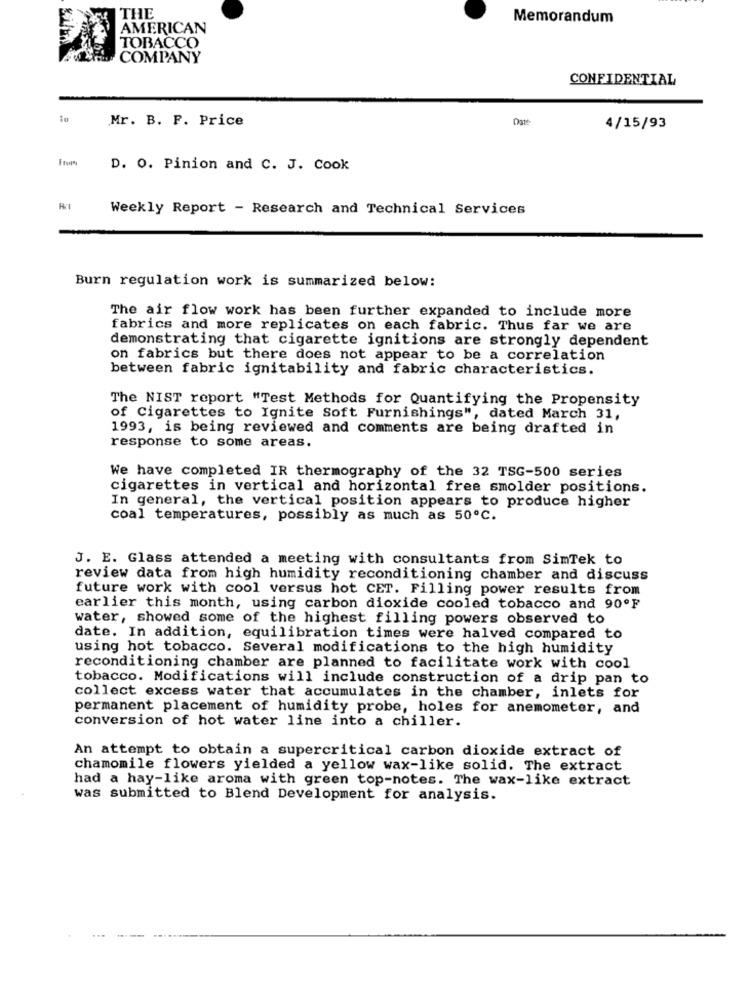
THE
Memorandum
AMERICAN
TOBACCO
COMPANY
CONFIDENTIAL
Mr. B. F. Price
Oste
4/15/93
From
D. O. Pinion and C. J. Cook
Weekly Report - Research and Technical Services
Burn regulation work is summarized below:
The air flow work has been further expanded to include more
fabrics and more replicates on each fabric. Thus far we are
demonstrating that cigarette ignitions are strongly dependent
on fabrics but there does not appear to be a correlation
between fabric ignitability and fabric characteristics.
The NIST report "Test Methods for Quantifying the Propensity
of Cigarettes to Ignite Soft Furnishings", dated March 31,
1993, is being reviewed and comments are being drafted in
response to some areas.
We have completed IR thermography of the 32 TSG-500 series
cigarettes in vertical and horizontal free smolder positions.
In general, the vertical position appears to produce higher
coal temperatures, possibly as much as 50ºC.
J. E. Glass attended a meeting with consultants from SimTek to
review data from high humidity reconditioning chamber and discuss
future work with cool versus hot CET. Filling power results from
earlier this month, using carbon dioxide cooled tobacco and 90ºF
water, showed some of the highest filling powers observed to
date. In addition, equilibration times were halved compared to
using hot tobacco. Several modifications to the high humidity
reconditioning chamber are planned to facilitate work with cool
tobacco. Modifications will include construction of a drip pan to
collect excess water that accumulates in the chamber, inlets for
permanent placement of humidity probe, holes for anemometer, and
conversion of hot water line into a chiller.
An attempt to obtain a supercritical carbon dioxide extract of
chamomile flowers yielded a yellow wax-like solid. The extract
had a hay-like aroma with green top-notes. The wax-like extract
was submitted to Blend Development for analysis.
...